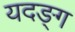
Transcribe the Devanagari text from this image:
यदङ्ग